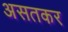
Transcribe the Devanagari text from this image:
असतकर